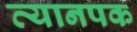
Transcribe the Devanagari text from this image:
व्यानपक